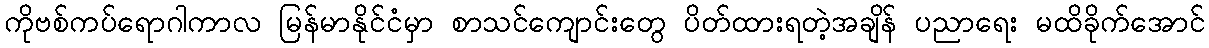
ကိုဗစ်ကပ်ရောဂါကာလ မြန်မာနိုင်ငံမှာ စာသင်ကျောင်းတွေ ပိတ်ထားရတဲ့အချိန် ပညာရေး မထိခိုက်အောင်